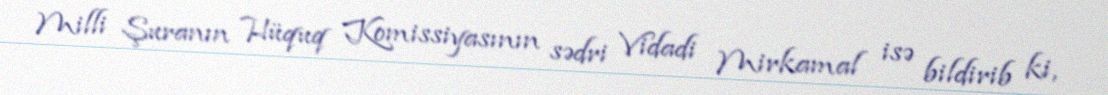
Milli Şuranın Hüquq Komissiyasının sədri Vidadi Mirkamal isə bildirib ki,